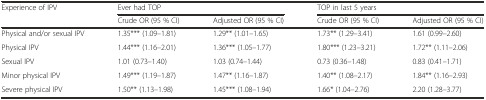
| <ROWSPAN=2> Experience of IPV | <COLSPAN=2> Ever had TOP | <COLSPAN=2> TOP in last 5 years |
 | Crude OR (95 % CI) | Adjusted OR (95 % CI) | Crude OR (95 % CI) | Adjusted OR (95 % CI) |
 | --- | --- | --- | --- | --- |
 | Physical and/or sexual IPV | 1.35*** (1.09–1.81) | 1.29** (1.01–1.65) | 1.73** (1.29–3.41) | 1.61 (0.99–2.60) |
 | Physical IPV | 1.44*** (1.16–2.01) | 1.36*** (1.05–1.77) | 1.80*** (1.23–3.21) | 1.72** (1.11–2.06) |
 | Sexual IPV | 1.01 (0.73–1.40) | 1.03 (0.74–1.44) | 0.73 (0.36–1.48) | 0.83 (0.41–1.71) |
 | Minor physical IPV | 1.49*** (1.19–1.87) | 1.47** (1.16–1.87) | 1.40** (1.08–2.17) | 1.84** (1.16–2.93) |
 | Severe physical IPV | 1.50** (1.13–1.98) | 1.45*** (1.08–1.94) | 1.66* (1.04–2.76) | 2.20 (1.28–3.77) |